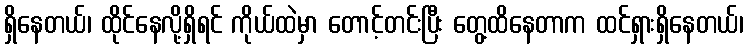
ရှိနေတယ်၊ ထိုင်နေလို့ရှိရင် ကိုယ်ထဲမှာ တောင့်တင်းပြီး တွေ့ထိနေတာက ထင်ရှားရှိနေတယ်၊